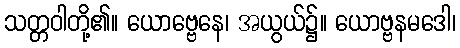
သတ္တဝါတို့၏။ ယောဗ္ဗေနေ၊ အယွယ်၌။ ယောဗ္ဗနမဒေါ၊